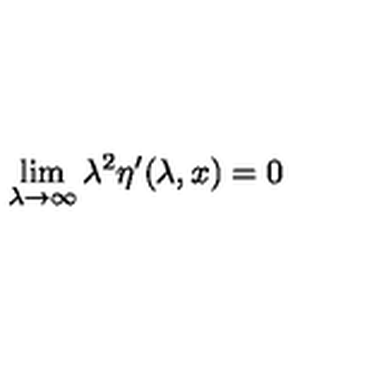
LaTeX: \lim _ { \lambda \rightarrow \infty } \lambda ^ { 2 } \eta ^ { \prime } ( \lambda , x ) = 0